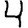
Digit: 4